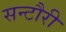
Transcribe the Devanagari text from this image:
सन्टौरी